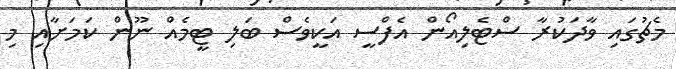
މެޗުގައި ވާދަކުރާ ސްޓެލިއޯން އެފްސީ އަކީވެސް ބަލި ޓީމެއް ނޫން ކަމަށާއި މި